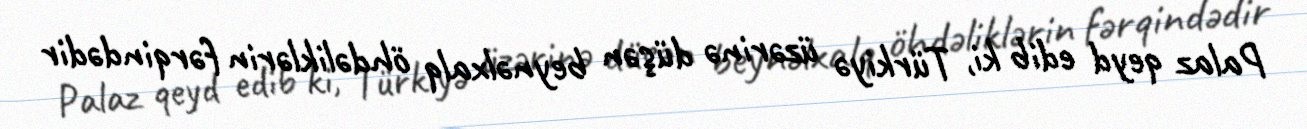
Palaz qeyd edib ki, Türkiyə üzərinə düşən beynəlxalq öhdəliklərin fərqindədir